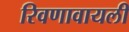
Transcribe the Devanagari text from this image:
रिवणावायली